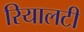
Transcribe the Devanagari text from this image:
रियालटी